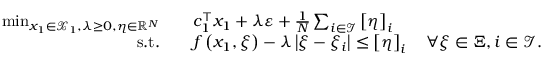
\begin{array} { r l } { \operatorname* { m i n } _ { x _ { 1 } \in { \mathcal X } _ { 1 } , \lambda \geq 0 , \eta \in { \mathbb R } ^ { N } } \quad } & { c _ { 1 } ^ { \top } x _ { 1 } + \lambda \varepsilon + \frac { 1 } { N } \sum _ { i \in { \mathcal I } } \left[ \eta \right] _ { i } } \\ { \mathrm { s . t . } \quad } & { f \left( x _ { 1 } , { \xi } \right) - \lambda \left\lvert \xi - { \xi } _ { i } \right\rvert \leq \left[ \eta \right] _ { i } \quad \forall { \xi } \in { \Xi } , i \in { \mathcal I } . } \end{array}